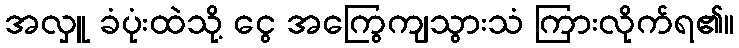
အလှူ ခံပုံးထဲသို့ ငွေ အကြွေကျသွားသံ ကြားလိုက်ရ၏။